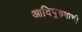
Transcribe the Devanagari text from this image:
आदिपुरुषाची